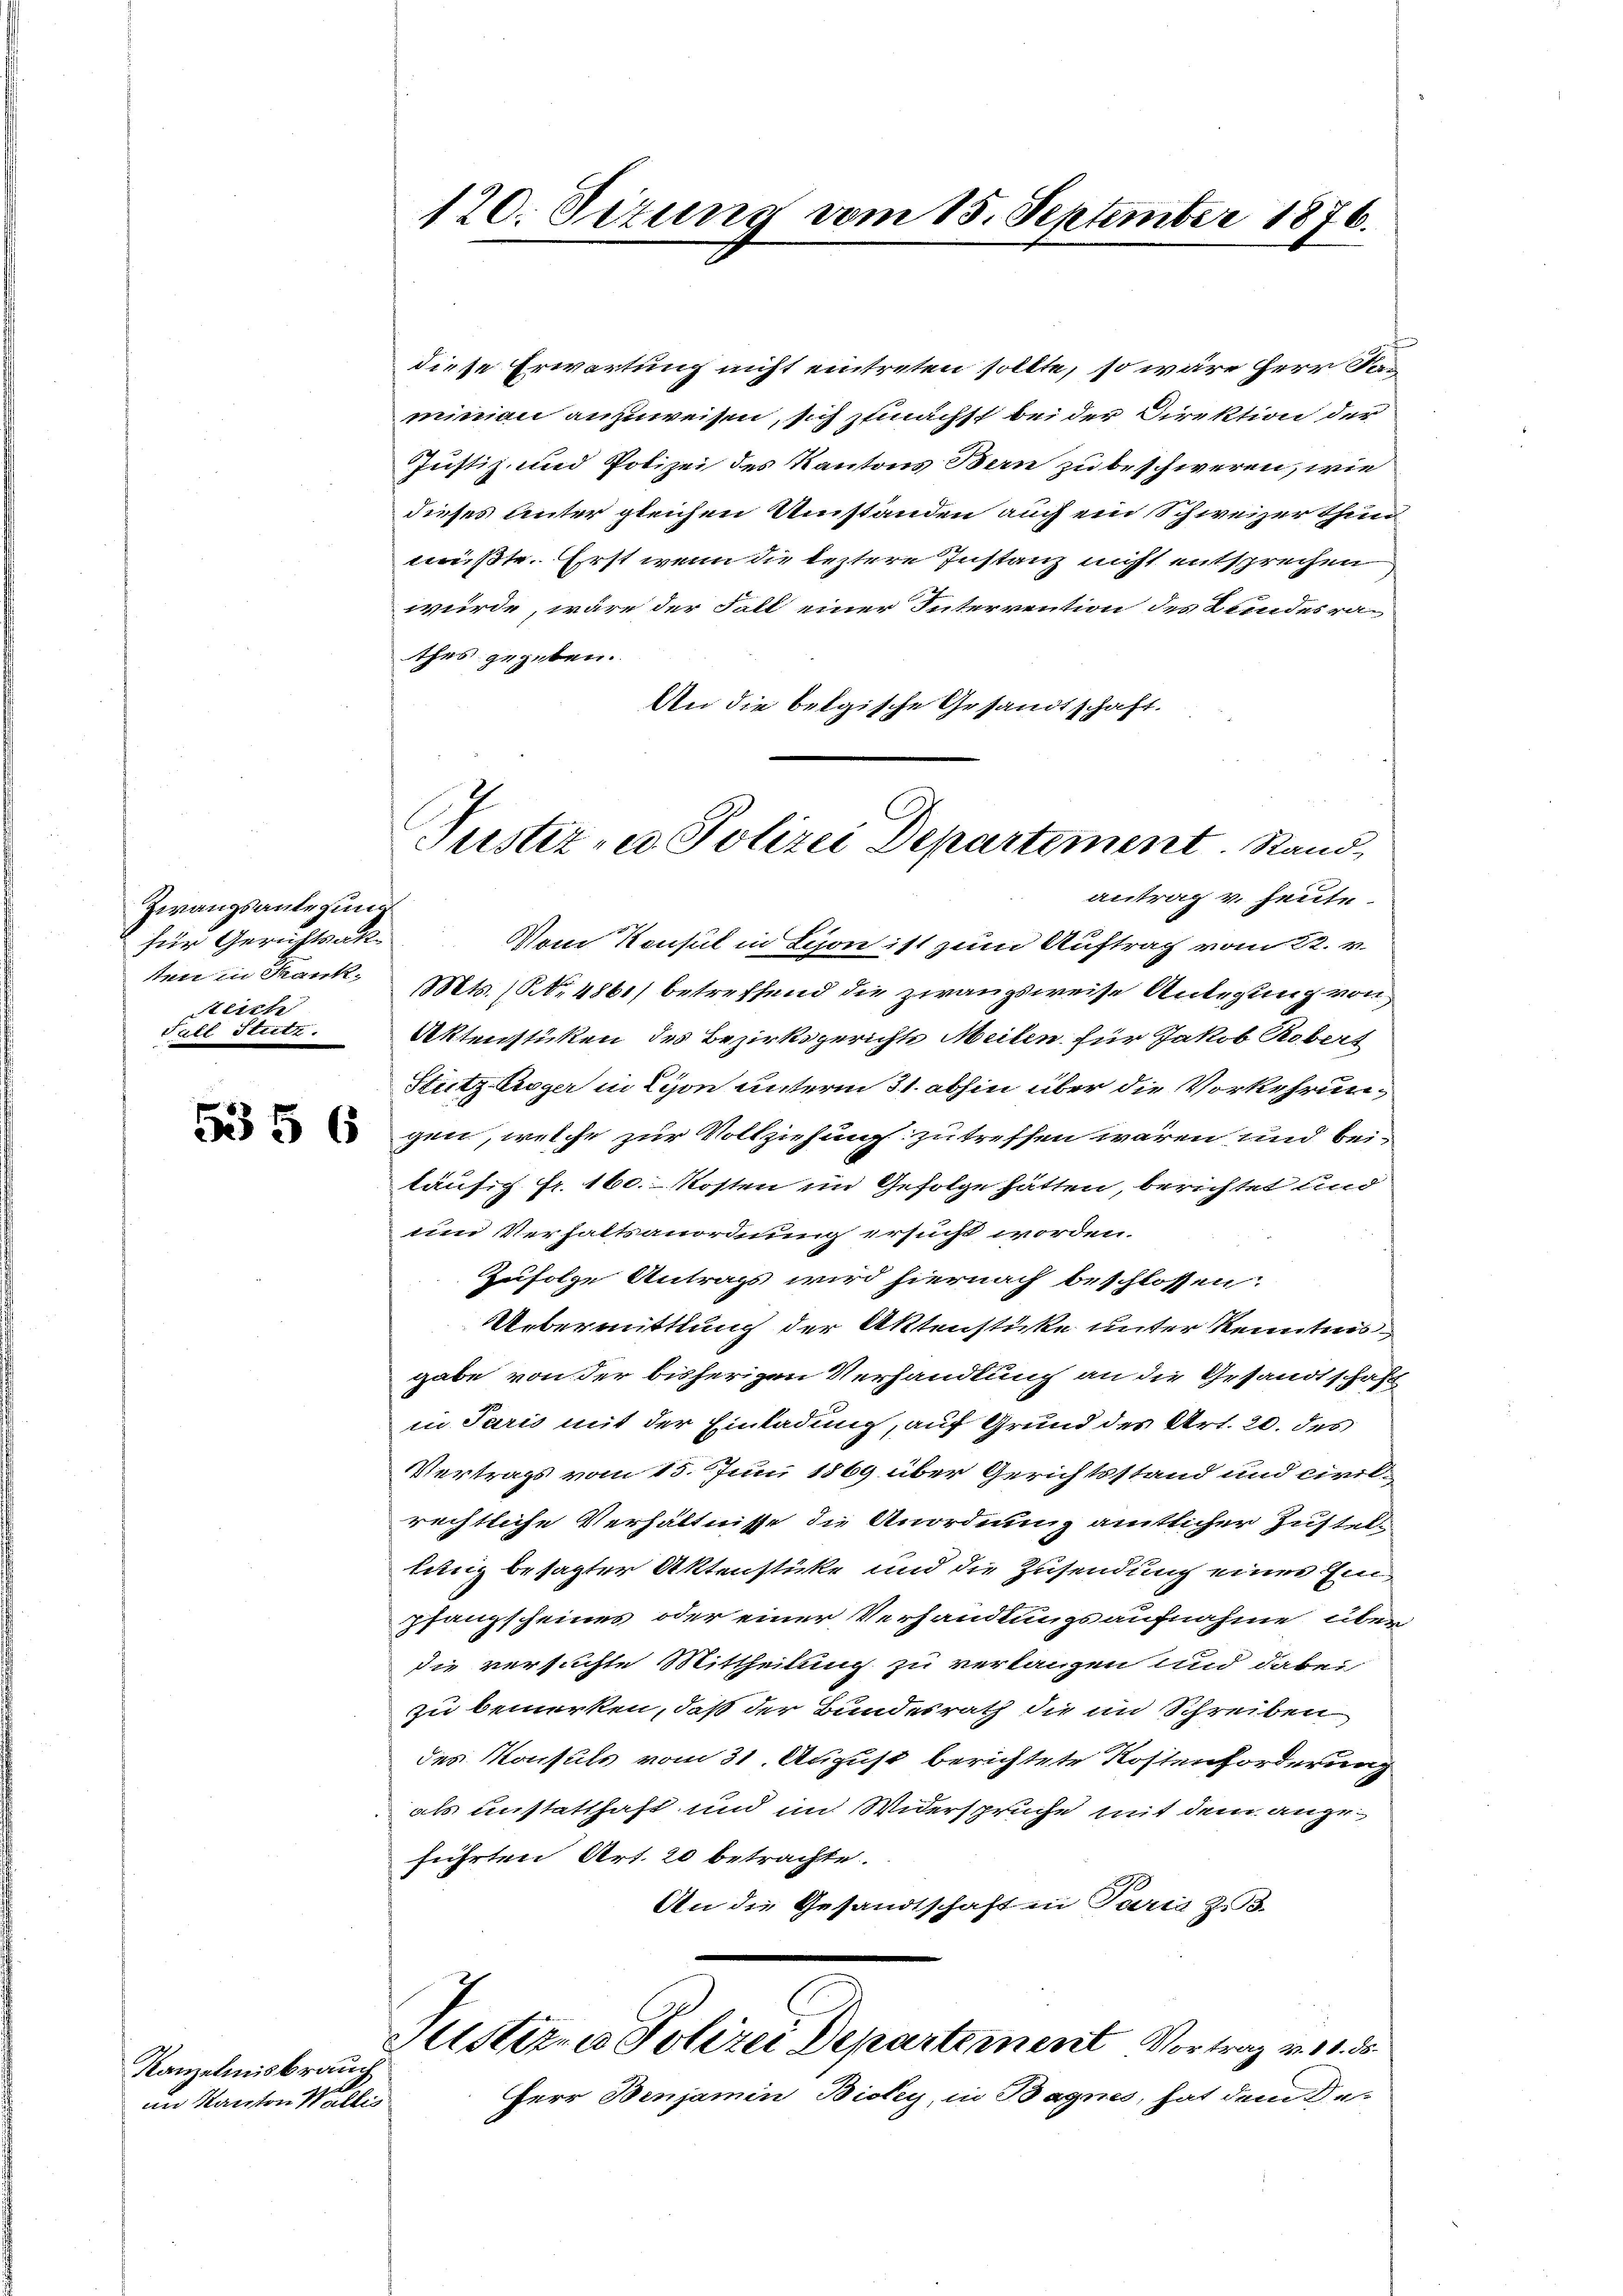
Zwangsanlegung
für Gerichtsak
tten in Krank¬
Steich
Fall Stritt.

535 6

Kanzelmisbrauch
im Kanton Wallis

120. Situng vom 15. September 1876.

diese Erwartung nicht eintreten sollte, so wäre Herr Sag
minien anzuweisen, sich zunächst bei der Direktion der
Justiz und Polizei des Kantons Bern zu beschweren, wie
dieses unter gleichen Umständen auch ein Schweizer thun
mißte. Erst wenn die leztere Instanz nicht entsprechen
würde, wäre der Fall einer Interrention des Bundesrathes gegeben.
An die belgische Gesandtschaft.
Vom Konsul in Lyon ist zum Auftrag vom 22. v.
Mts. (S. 4861) betreffend die zwangsweise Anlegung von
Aktenstüken des Bezirksgerichte Meilen für Jakob Robert
Stutz leger in Lyon unterm 31. abhin über die Vorkehrungen, welche zur Vollziehung zu treffen wären und beiläufig fr. 160. Kosten im Gefolge hätten, berichtet und
um Verhaltsanordnung ersucht worden.
Zufolge Antrags wird hiernach beschlossen:
Uebermittlung der Aktenstücke unter Kenntnis
gabe von der bisherigen Verhandlung an die Gesandtschaft
in Paris mit der Einladung, auf Grund des Art. 20. des
Vertrags vom 15. Juni 1869 über Gerichtsstand und civil-
rechtliche Verhältnisse die Anordnung amtlicher Justellung besagter Aktenstüke und die Zusendung einer Einpfanzscheines oder einer Verhandlungsaufnahme über
die versuchte Mittheilung zu verlangen und dabei
zu bemerken, daß der Bundesrath die in Schreiben
des Konsuls vom 31. August berichtete Kostenforderung
als unstatthaft und im Widerspruche mit dem angeführten Art. 20 betrachte.
An die Gesandtschaft in Paria Z.3.
Justiz, es Polizei Departement Vortrag v. 11. 35
Herr Benjamin Bicky, in Bagnes, hat dem Ge-

Justiz- u. Polizei Departement. Stand,
antrag v. heute.